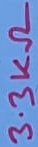
Text: 3.3KΩ